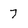
Character: 7